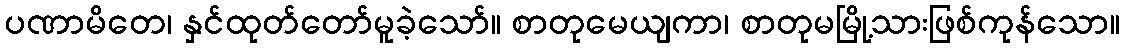
ပဏာမိတေ၊ နှင်ထုတ်တော်မူခဲ့သော်။ စာတုမေယျကာ၊ စာတုမမြို့သားဖြစ်ကုန်သော။